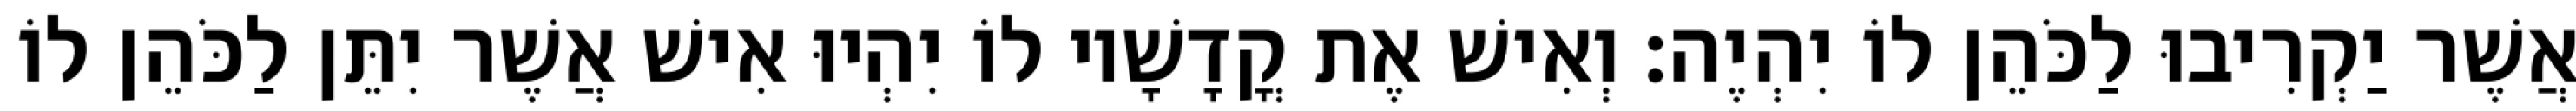
אֲשֶׁר יַקְרִיבוּ לַכֹּהֵן לוֹ יִהְיֶה׃ וְאִישׁ אֶת קֳדָשָׁיו לוֹ יִהְיוּ אִישׁ אֲשֶׁר יִתֵּן לַכֹּהֵן לוֹ